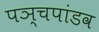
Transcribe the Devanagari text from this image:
पञ्चपांडव